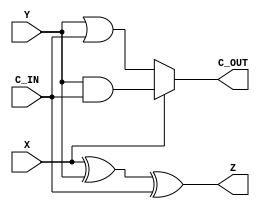
module subtract_1bit(
   X,
   Y,
   C_IN,
   Z,
   C_OUT
);
	//port definitions
	input  wire X;
	input  wire Y;
	input  wire C_IN;
	output wire Z;
	output wire C_OUT;
   
   // Assignments to output. We use complex expressions in place of explicit
   // temporaries where 
   assign Z = (X^Y)^C_IN;
   assign C_OUT = X ? (Y & C_IN) : (Y | C_IN);

endmodule